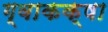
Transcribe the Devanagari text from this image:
ग्वाकक्षा